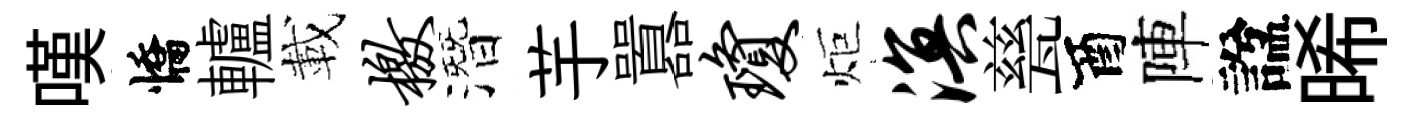
嘆憍轤載檄潛芋囂琼炬溟甆酉陣諡晞